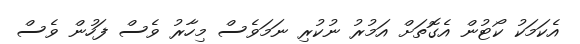
އެކަމަކު ކޯޓުން އެގޮތަށް އަމުރު ނުކުރި ނަމަވެސް މިހާރު ވެސް ފަހުން ވެސް